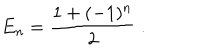
LaTeX: E _ { n } = \frac { 1 + ( - 1 ) ^ { n } } { 2 } ~ .